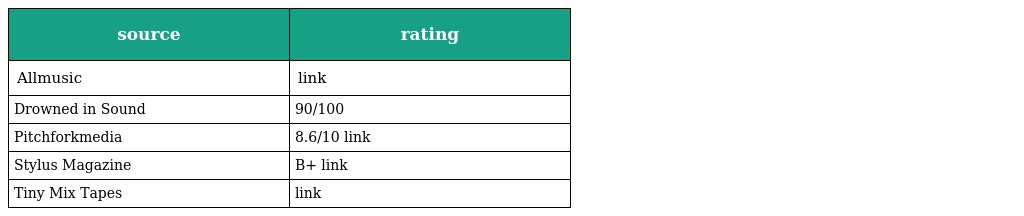
| source | rating |
 | --- | --- |
 | Allmusic | link |
 | Drowned in Sound | 90/100 |
 | Pitchforkmedia | 8.6/10 link |
 | Stylus Magazine | B+ link |
 | Tiny Mix Tapes | link |